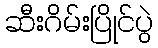
ဆီးဂိမ်းပြိုင်ပွဲ